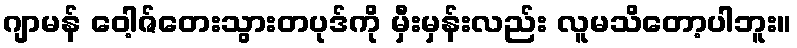
ဂျာမန် ဝေါ့ဇ်တေးသွားတပုဒ်ကို မှီးမှန်းလည်း လူမသိတော့ပါဘူး။